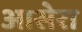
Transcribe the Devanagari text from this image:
आसेरा